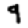
Digit: 9